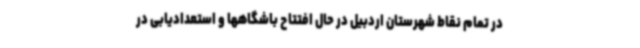
در تمام نقاط شهرستان اردبیل در حال افتتاح باشگاهها و استعدادیابی در